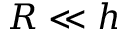
R \ll h